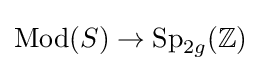
\operatorname {Mod} (S)\to \operatorname {Sp} _{2g}(\mathbb {Z} )